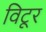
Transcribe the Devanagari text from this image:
विटूर